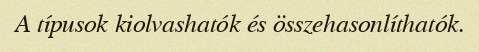
A típusok kiolvashatók és összehasonlíthatók.